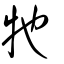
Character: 牠